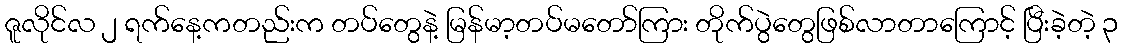
ဇူလိုင်လ ၂ ရက်နေ့ကတည်းက တပ်တွေနဲ့ မြန်မာ့တပ်မတော်ကြား တိုက်ပွဲတွေဖြစ်လာတာကြောင့် ပြီးခဲ့တဲ့ ၃